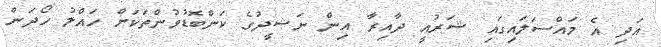
އަދި އެ މައްސަލައިގައި ޝަރުއީ ދާއިރާ އިން ނަޝީދުގެ ކަންބޮޑުވުންތަކަށް ހައްލު ހޯދަން